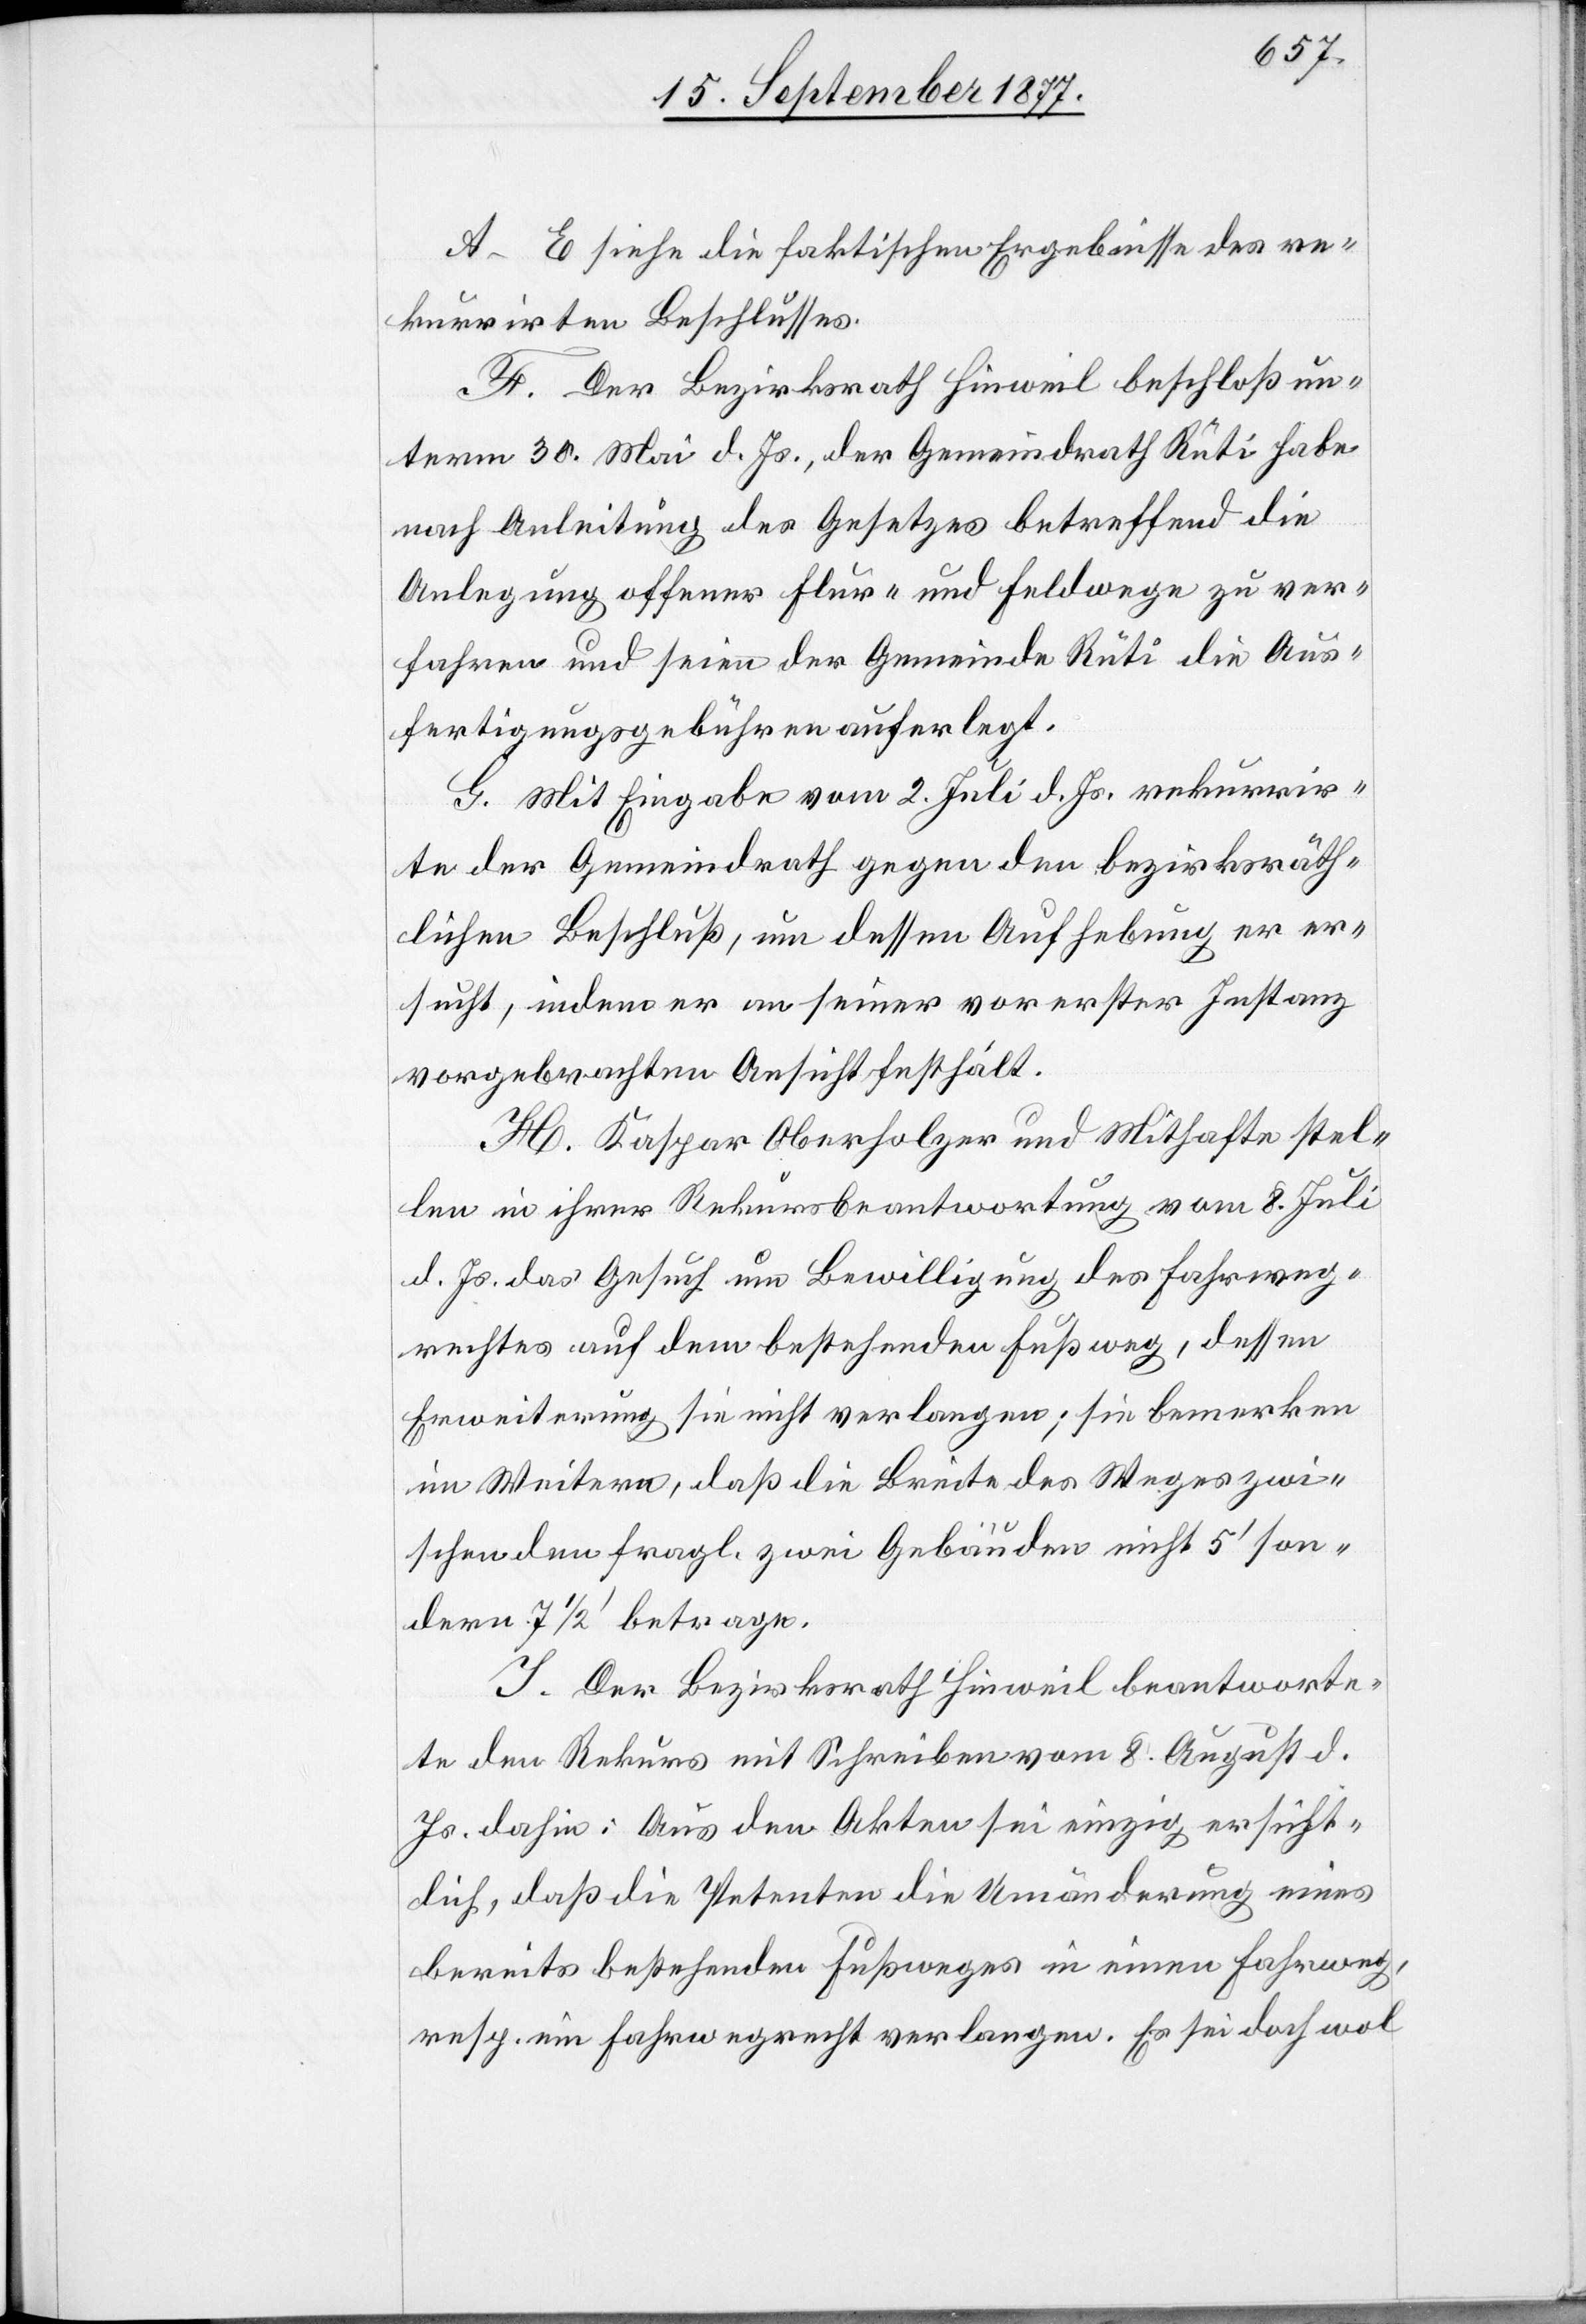
A–E siehe die faktischen Ergebnisse des re¬
kurrirten Beschlusses.
F. Der Bezirksrath Hinweil beschloß un¬
term 30. Mai d. Js., der Gemeindrath Rüti habe
nach Anleitung des Gesetzes betreffend die
Anlegung offener Flur- und Feldwege zu ver¬
fahren und seien der Gemeinde Rüti die Aus¬
fertigungsgebühren auferlegt.
G. Mit Eingabe vom 2. Juli d. Js. rekurrir¬
te der Gemeindrath gegen den bezirksräth¬
lichen Beschluß, um dessen Aufhebung er er¬
sucht, indem er an seiner vor erster Instanz
vorgebrachten Ansicht festhält.
H. Kaspar Oberholzer und Mithafte stel¬
len in ihrer Rekursbeantwortung vom 8. Juli
d. Js. das Gesuch um Bewilligung des Fahrweg¬
rechtes auf dem bestehenden Fußweg, dessen
Erweiterung sie nicht verlangen; sie bemerken
im Weitern, daß die Breite des Weges zwi¬
schen den fragl. zwei Gebäuden nicht 5‘ son¬
dern 7 1/2 ‘ betrage.
I. Der Bezirksrath Hinweil beantworte¬
te den Rekurs mit Schreiben vom 8. August d.
Js. dahin: Aus den Akten sei einzig ersicht¬
lich, daß die Petenten die Umänderung eines
bereits bestehenden Fußweges in einen Fahrweg,
resp. ein Fahrwegrecht verlangen. Es sei doch wol